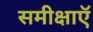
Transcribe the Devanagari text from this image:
समीक्षाऍ